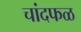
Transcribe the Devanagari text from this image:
चांदफळ